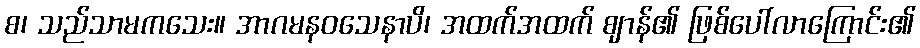
စ၊ သည်သာမကသေး။ အာဂမနဝသေနာပိ၊ အထက်အထက် ဈာန်၏ ဖြစ်ပေါ်လာကြောင်း၏